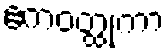
ဧကဝတ္ထုကာ